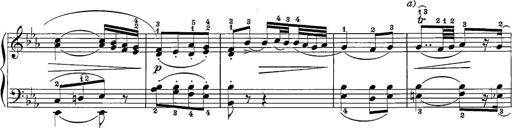
Title: 12 Sonatine per Pianoforte
Composer: Friedrich Kuhlau